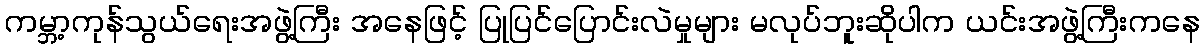
ကမ္ဘာ့ကုန်သွယ်ရေးအဖွဲ့ကြီး အနေဖြင့် ပြုပြင်ပြောင်းလဲမှုများ မလုပ်ဘူးဆိုပါက ယင်းအဖွဲ့ကြီးကနေ